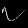
Digit: ၇